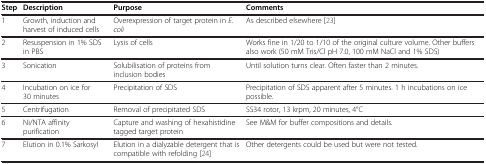
<table><thead><tr><td><b>Step</b></td><td><b>Description</b></td><td><b>Purpose</b></td><td><b>Comments</b></td></tr></thead><tbody><tr><td>1</td><td>Growth, induction and harvest of induced cells</td><td>Overexpression of target protein in <i>E. coli</i></td><td>As described elsewhere [23]</td></tr><tr><td>2</td><td>Resuspension in 1% SDS in PBS</td><td>Lysis of cells</td><td>Works fine in 1/20 to 1/10 of the original culture volume. Other buffers also work (50 mM Tris/Cl pH 7.0, 100 mM NaCl and 1% SDS)</td></tr><tr><td>3</td><td>Sonication</td><td>Solubilisation of proteins from inclusion bodies</td><td>Until solution turns clear. Often faster than 2 minutes.</td></tr><tr><td>4</td><td>Incubation on ice for 30 minutes</td><td>Precipitation of SDS</td><td>Precipitation of SDS apparent after 5 minutes. 1 h incubations on ice possible.</td></tr><tr><td>5</td><td>Centrifugation</td><td>Removal of precipitated SDS</td><td>SS34 rotor, 13 krpm, 20 minutes, 4°C</td></tr><tr><td>6</td><td>Ni/NTA affinity purification</td><td>Capture and washing of hexahistidine tagged target protein</td><td>See M&amp;M for buffer compositions and details.</td></tr><tr><td>7</td><td>Elution in 0.1% Sarkosyl</td><td>Elution in a dialyzable detergent that is compatible with refolding [24]</td><td>Other detergents could be used but were not tested.</td></tr></tbody></table>